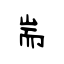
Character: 耑